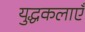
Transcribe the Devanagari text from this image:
युद्धकलाएँ